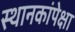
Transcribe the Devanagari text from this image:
स्थानकांपेक्षा